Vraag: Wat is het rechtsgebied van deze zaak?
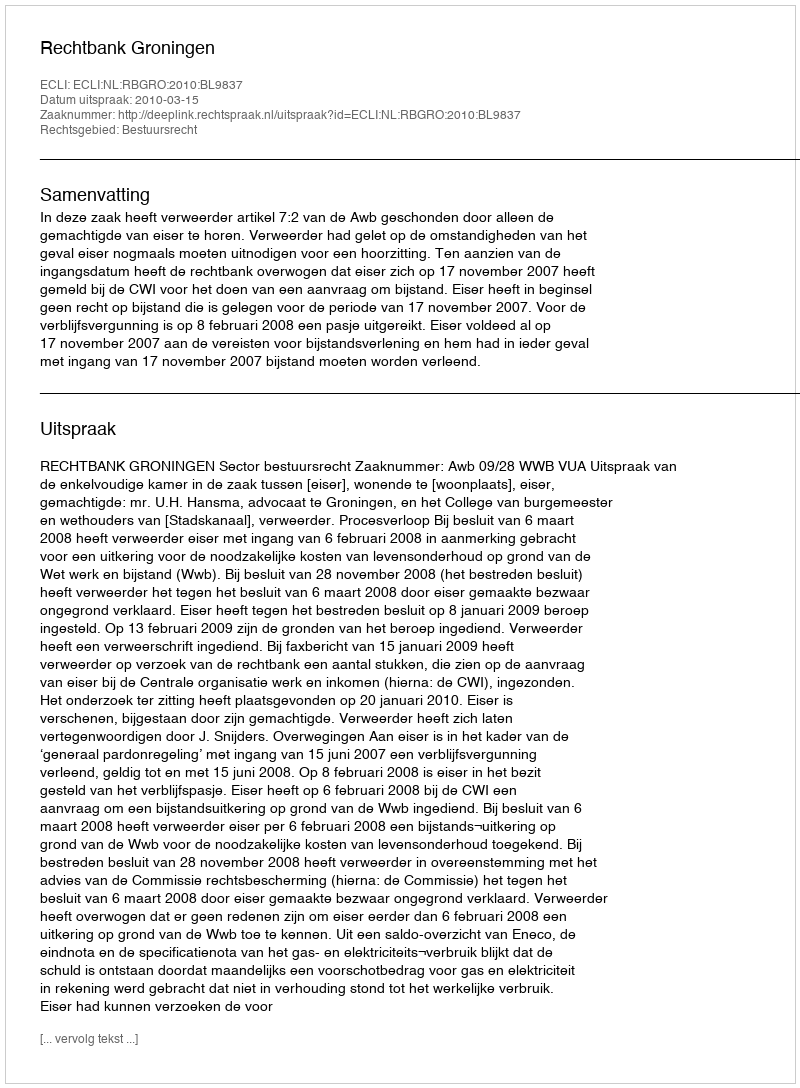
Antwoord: Bestuursrecht